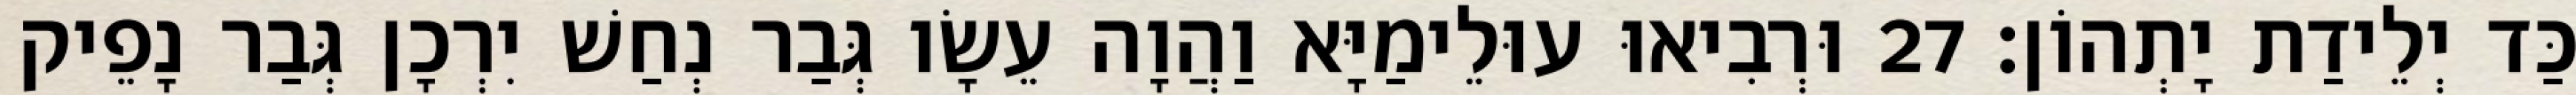
כַּד יְלֵידַת יָתְהוֹן׃ 27 וּרְבִיאוּ עוּלֵימַיָּא וַהֲוָה עֵשָׂו גְּבַר נְחַשׁ יִרְכָן גְּבַר נָפֵיק